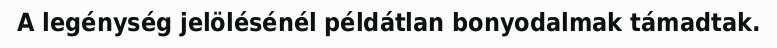
A legénység jelölésénél példátlan bonyodalmak támadtak.